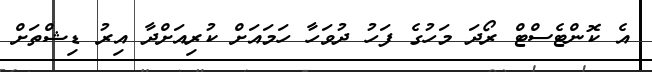
އެ ކޮންޓެސްޓް ރޯދަ މަހުގެ ފަހު ދުވަހާ ހަމައަށް ކުރިއަށްދާ އިރު ޑިޝްތަށް